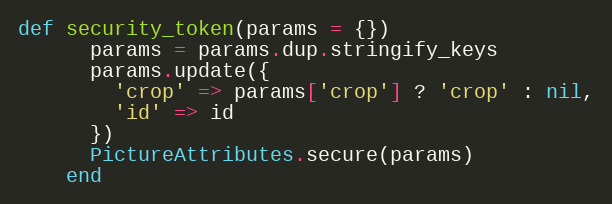
Language: Ruby
def security_token(params = {})
      params = params.dup.stringify_keys
      params.update({
        'crop' => params['crop'] ? 'crop' : nil,
        'id' => id
      })
      PictureAttributes.secure(params)
    end